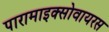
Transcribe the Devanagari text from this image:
पारामाइक्सोवायरस